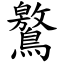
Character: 鸄